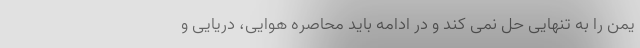
یمن را به تنهایی حل نمی کند و در ادامه باید محاصره هوایی، دریایی و